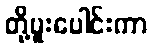
တို့ပူးပေါင်းကာ